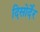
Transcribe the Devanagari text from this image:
दिसोर्देर